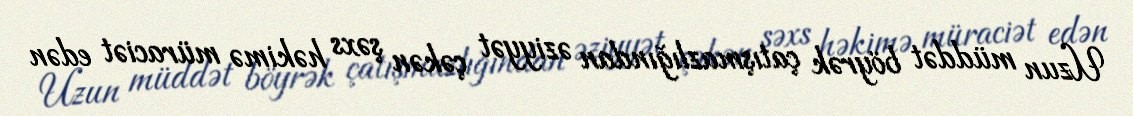
Uzun müddət böyrək çatışmazlığından əziyyət çəkən şəxs həkimə müraciət edən